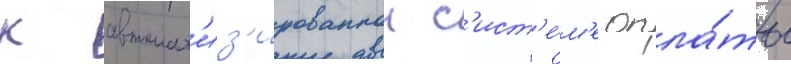
к автомат'из'ированнои с'ист'е́м'е опла́ты